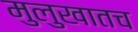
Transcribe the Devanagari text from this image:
मुलुखातच